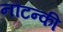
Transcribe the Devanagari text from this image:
नौटन्की